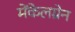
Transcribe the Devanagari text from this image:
मेंकेलग्रेन